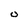
Character: u